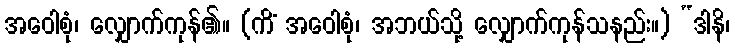
အဝေါစုံ၊ လျှောက်ကုန်၏။ (ကိံ အဝေါစုံ၊ အဘယ်သို့ လျှောက်ကုန်သနည်း။) “ဒါနိ၊